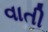
વાતી